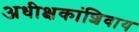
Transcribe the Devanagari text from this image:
अधीक्षकांशिवाय